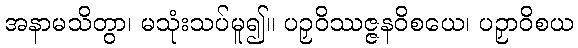
အနာမသိတွာ၊ မသုံးသပ်မူ၍။ ပဉှဝိဿဇ္ဇနဝိစယေ၊ ပဉှာဝိစယ